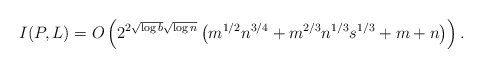
\begin{align*} I(P,L) = O\left( 2^{2\sqrt{\log b}\sqrt{\log n}} \left(m^{1/2}n^{3/4} + m^{2/3}n^{1/3}s^{1/3} + m + n \right) \right) .\end{align*}